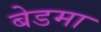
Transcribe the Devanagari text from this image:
बेडमा